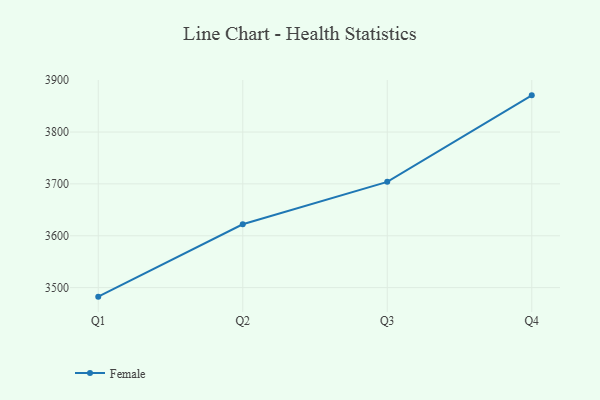
{"axis": {"x": "Quarter", "y": "Shipments"}, "legend": ["Female"], "data": [{"x": "Q1", "y": 3482.6, "type": "Female"}, {"x": "Q2", "y": 3622.2, "type": "Female"}, {"x": "Q3", "y": 3703.9, "type": "Female"}, {"x": "Q4", "y": 3870.7, "type": "Female"}]}